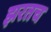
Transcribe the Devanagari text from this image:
झरतच